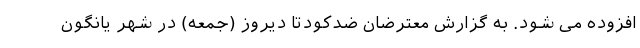
افزوده می شود. به گزارش معترضان ضدکودتا دیروز (جمعه) در شهر یانگون